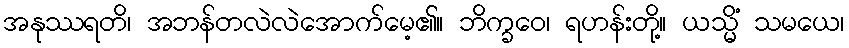
အနုဿရတိ၊ အဘန်တလဲလဲအောက်မေ့၏။ ဘိက္ခဝေ၊ ရဟန်းတို့။ ယသ္မိံ သမယေ၊